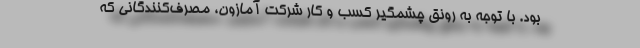
بود. با توجه به رونق چشمگیر کسب و کار شرکت آمازون، مصرف‌کنندگانی که